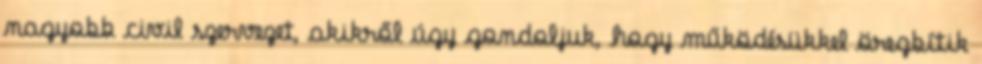
nagyobb civil szervezet, akikről úgy gondoljuk, hogy működésükkel öregbítik